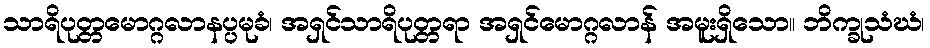
သာရိပုတ္တမောဂ္ဂလာနပ္ပမုခံ၊ အရှင်သာရိပုတ္တရာ အရှင်မောဂ္ဂလာန် အမူးရှိသော။ ဘိက္ခုသံဃံ၊